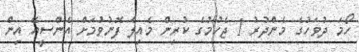
ހޯމަ ދުވަހުގެ މެންދުރު 1 ޖެހުމުގެ ކުރިން މެއިލް ފޮނުވުމަށް އެންސީއޭ އިން